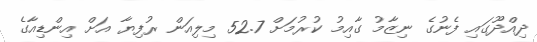
ދިއްދޫގައި ފެނުގެ ނިޒާމު ގާއިމު ކުރުމަށް 52.7 މިލިއަން ރުފިޔާ އަށް އިންޑިއާގެ